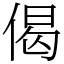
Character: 偈